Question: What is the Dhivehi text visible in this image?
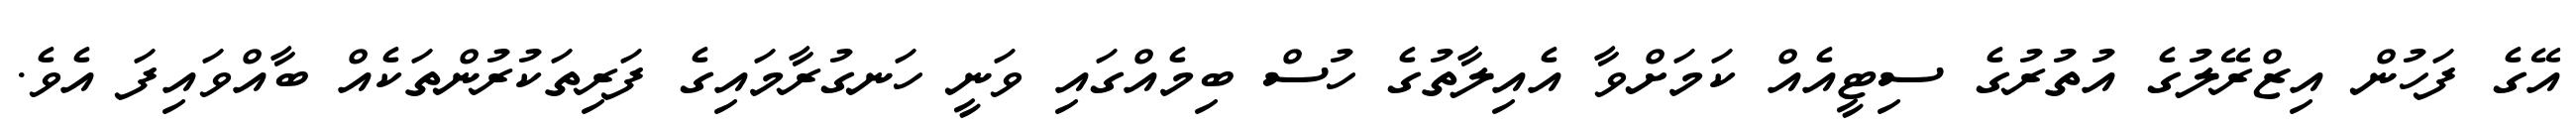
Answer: އޭގެ ފަހުން އިޒްރޭލުގެ އުތުރުގެ ސިޓީއެއް ކަމަށްވާ އެއިލާތުގެ ހުސް ބިމެއްގައި ވަނީ ހަނގުރާމައިގެ ފަރިތަކުރުންތަކެއް ބާއްވައިފަ އެވެ.